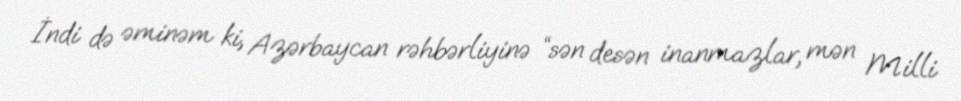
İndi də əminəm ki, Azərbaycan rəhbərliyinə “sən desən inanmazlar, mən Milli